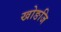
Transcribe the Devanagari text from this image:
खोङजि